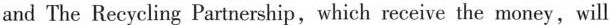
and The Recycling Partnership,which receive the money,will